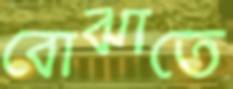
বোঝাতে